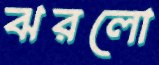
ঝরলো